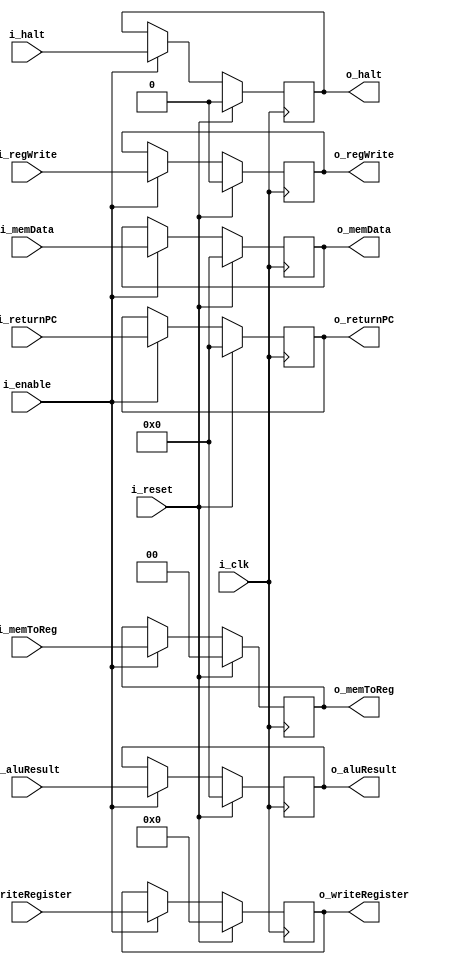
`timescale 1ns / 1ps

module memoryWritebackBuffer
#(
    parameter DATA_LEN = 32,
    parameter REGISTER_BITS = 5
)
(
    //Special inputs
    input wire i_clk,
    input wire i_reset,
    input wire i_enable,
    //Data inputs
    input wire [DATA_LEN-1:0] i_memData,
    input wire [DATA_LEN-1:0] i_aluResult,
    input wire [DATA_LEN-1:0] i_returnPC,
    input wire [REGISTER_BITS-1:0] i_writeRegister,
    //Control inputs
    input wire i_regWrite,
    input wire [1:0] i_memToReg,
    input wire i_halt,
    //Data outputs
    output wire [DATA_LEN-1:0] o_memData,
    output wire [DATA_LEN-1:0] o_aluResult,
    output wire [DATA_LEN-1:0] o_returnPC,
    output wire [REGISTER_BITS-1:0] o_writeRegister,
    //Control outputs
    output wire o_regWrite,
    output wire [1:0] o_memToReg,
    output wire o_halt
);

//Data registers
reg [DATA_LEN-1:0] memData;
reg [DATA_LEN-1:0] aluResult;
reg [DATA_LEN-1:0] returnPC;
reg [REGISTER_BITS-1:0] writeRegister;
//Control registers
reg regWrite;
reg [1:0] memToReg;
reg halt;

always @(posedge i_clk) begin
    if(i_reset) begin
        //Data
        memData <= 0;
        aluResult <= 0;
        returnPC <= 0;
        writeRegister <= 0;
        //Control
        regWrite <= 0;
        memToReg <= 0;    
        halt <= 0;
    end
    else if(i_enable) begin
        //Data
        memData <= i_memData;
        aluResult <= i_aluResult;
        returnPC <= i_returnPC;
        writeRegister <= i_writeRegister;
        //Control
        regWrite <= i_regWrite;
        memToReg <= i_memToReg;
        halt <= i_halt;
    end  
end

//Data
assign o_memData = memData;
assign o_aluResult = aluResult;
assign o_returnPC = returnPC;
assign o_writeRegister = writeRegister;
//Control
assign o_regWrite = regWrite;
assign o_memToReg = memToReg;
assign o_halt = halt;

endmodule